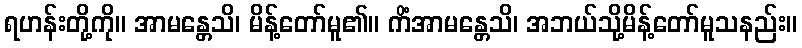
ရဟန်းတို့ကို။ အာမန္တေသိ၊ မိန့်တော်မူ၏။ ကိံအာမန္တေသိ၊ အဘယ်သို့မိန့်တော်မူသနည်း။